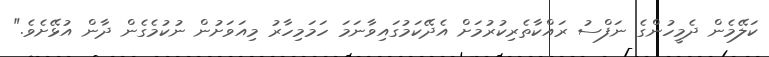
ކަލޭމެން ދެމީހުންގެ ނަފްސު ރައްކާތެރިކުރުމަށް އެދޭކަމުގައިވާނަމަ ހަމަމިހާރު މިއަވަށުން ނުކުމެގެން ދާން އުޅޭށެވެ."